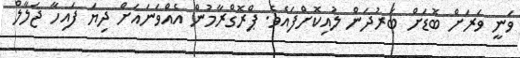
ވަނީ ވަރަށް ބޮޑަށް ބަރުދަން ލުއިކޮށްފައެވެ. ޕްރޮގްރާމުން އެއްވަނައަށް ދިޔަ ފައިހާ ޖަލާލް